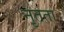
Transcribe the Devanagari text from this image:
नृतता